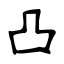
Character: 凸